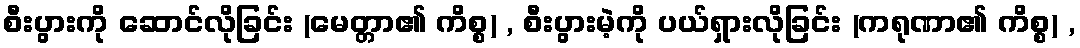
စီးပွားကို ဆောင်လိုခြင်း (မေတ္တာ၏ ကိစ္စ) , စီးပွားမဲ့ကို ပယ်ရှားလိုခြင်း (ကရုဏာ၏ ကိစ္စ) ,